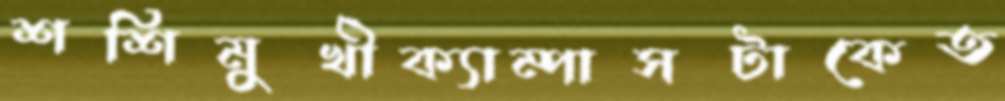
শশিমুখীক্যাম্পাসটাকেত